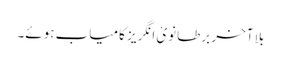
بلا آخر برطانویْ انگریز کامیاب ہوئے۔